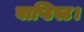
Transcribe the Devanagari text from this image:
बाप्टिस्ट।